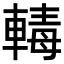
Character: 𨍛